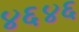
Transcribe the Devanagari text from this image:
४६४६